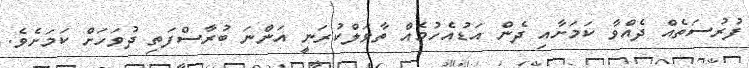
ފުރުސަތެއް ދެއްވާ ކަމަށާއި ދެން އަޑުއެހުމެއް ތާވަލްކުރަނީ އަންނަ ބުރާސްފަތި ދުވަހަށް ކަމަށެވެ.